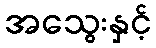
အသွေးနှင့်